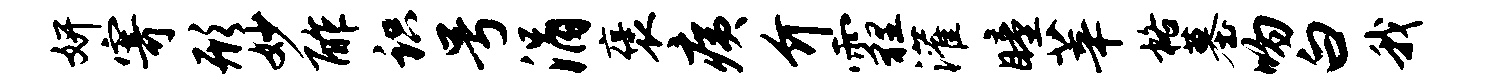
妍寄形妙酢识号涓褒痍介霾灌瞳莘格墓吻白我